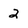
Character: 2